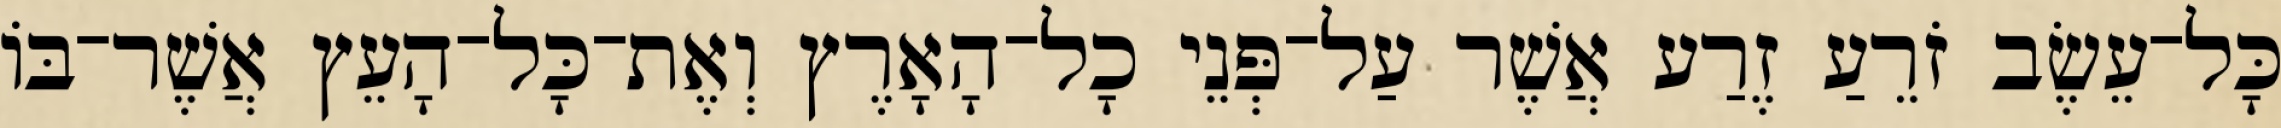
כָּל־עֵשֶׂב זֹרֵעַ זֶרַע אֲשֶׁר עַל־פְּנֵי כָל־הָאָרֶץ וְאֶת־כָּל־הָעֵץ אֲשֶׁר־בֹּו